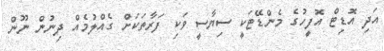
އަދި އޮޑިޓް އޮފީހުގެ މެންޑޭޓަކީ ސިޔާސީ ވަކި ފަރާތަކަށް ގެއްލުމެއް ދިނުން ނޫން